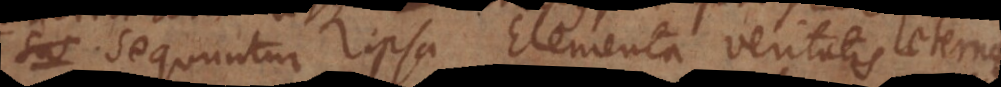
Sus Sequuntur ipsa Elementa veritatis aeternae,